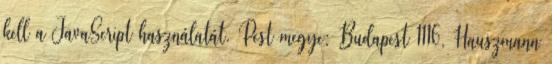
kell a JavaScript használatát. Pest megye: Budapest 1116, Hauszmann